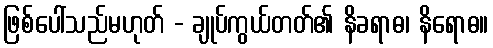
ဖြစ်ပေါ်သည်မဟုတ် - ချုပ်ကွယ်တတ်၏ နိခရာဓ၊ နိရောဓ။